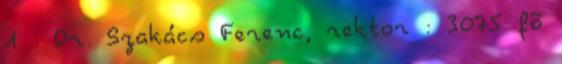
1 : Dr. Szakács Ferenc, rektor : 3075 fõ